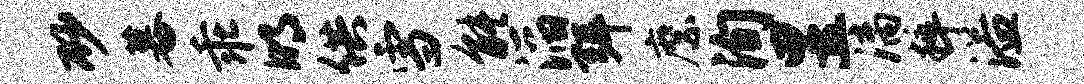
砂暮乖明供雪能滔弭縻洵昱漓粹溢